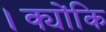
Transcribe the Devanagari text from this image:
।क्योंकि